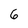
Character: 6